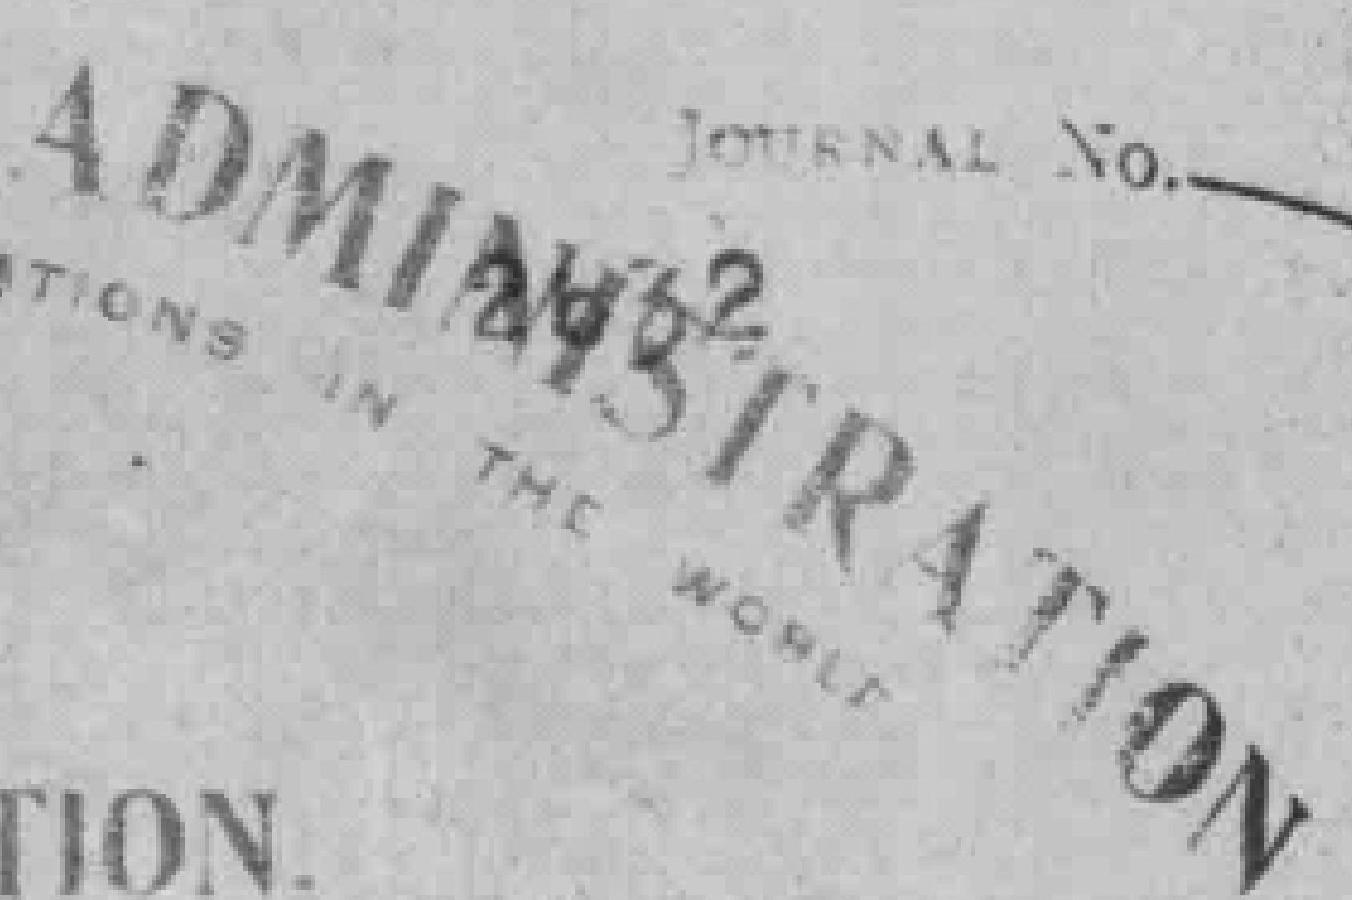
ADIMASTRATION